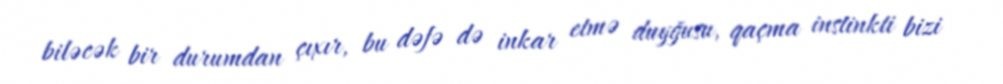
biləcək bir durumdan çıxır, bu dəfə də inkar etmə duyğusu, qaçma instinkti bizi